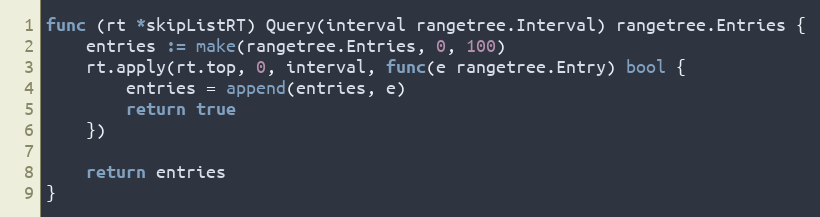
Language: Go
func (rt *skipListRT) Query(interval rangetree.Interval) rangetree.Entries {
	entries := make(rangetree.Entries, 0, 100)
	rt.apply(rt.top, 0, interval, func(e rangetree.Entry) bool {
		entries = append(entries, e)
		return true
	})

	return entries
}